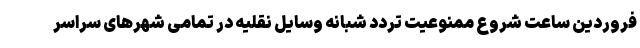
فروردین ساعت شروع ممنوعیت تردد شبانه وسایل نقلیه در تمامی شهرهای سراسر